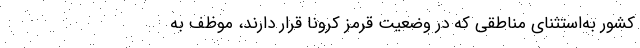
کشور به‌استثنای مناطقی که در وضعیت قرمز کرونا قرار دارند، موظف به